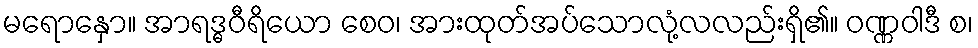
မရောနှော။ အာရဒ္ဓဝီရိယော စေဝ၊ အားထုတ်အပ်သောလုံ့လလည်းရှိ၏။ ဝဏ္ဏဝါဒီ စ၊